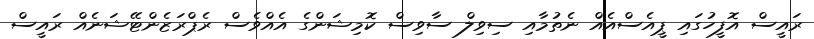
ރައީސް އޮފީހުގައި ޕީއެސްއެއް ނެތުމާއި ސިވިލް ސާވިސް ކޮމިޝަންގެ އެއްވެސް ރެޕްރަޒެންޓޭޝަނެއް ރައީސް